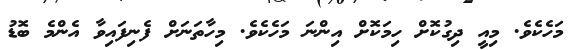
މަހެކެވެ. މިއީ ދިގުކޮށް ހިމަކޮށް އިންނަ މަހެކެވެ. މިހާތަނަށް ފެނިފައިވާ އެންމެ ބޮޑު